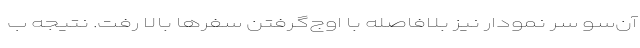
آن‌سو سر نمودار نیز بلافاصله با اوج‌گرفتن سفرها بالا رفت. نتیجه ب